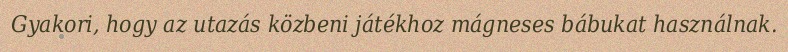
Gyakori, hogy az utazás közbeni játékhoz mágneses bábukat használnak.